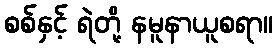
စစ်နှင့် ရဲတို့ နမူနာယူစရာ။